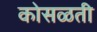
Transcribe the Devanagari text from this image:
कोसळती